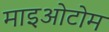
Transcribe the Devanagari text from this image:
माइओटोम